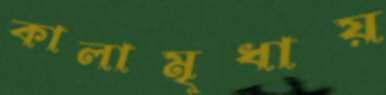
কালামৃধায়